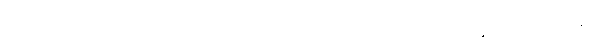
ကြည်ညိုဖွယ်ရှိသည်သာလျှင်ဖြစ်သော။ ဓမ္မံ၊ တရားကို။ ဒေသေတိ၊ ဟော၏။ သာပိ ထေရီ၊